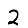
Digit: 2